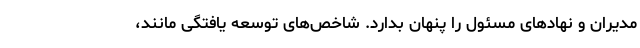
مدیران و نهادهای مسئول را پنهان بدارد. شاخص‌های توسعه یافتگی مانند،